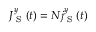
J _ { \textrm { S } } ^ { y } ( t ) = N j _ { \textrm { S } } ^ { y } ( t )